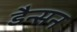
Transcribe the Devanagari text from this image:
डैन्सन